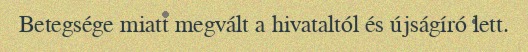
Betegsége miatt megvált a hivataltól és újságíró lett.